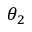
\theta _ { 2 }